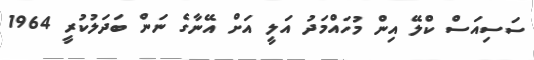
ސަސިއަސް ކްލޭ އިން މުހައްމަދު އަލީ އަށް އޭނާގެ ނަން ބަދަލުކުރީ 1964